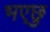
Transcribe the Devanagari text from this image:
भएछु